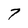
Character: 7